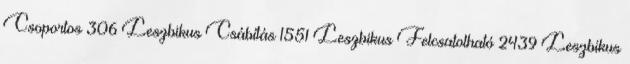
Csoportos 306 Leszbikus Csábítás 1551 Leszbikus Felcsatolható 2439 Leszbikus